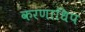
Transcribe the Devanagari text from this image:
करणाधिप